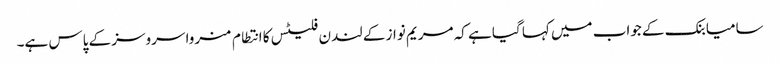
سامیا بنک کے جواب میں کہا گیا ہے کہ مریم نواز کے لندن فلیٹس کا انتطام منروا سروسز کے پاس ہے۔